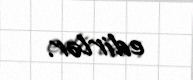
edirlər.